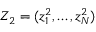
Z _ { 2 } = ( z _ { 1 } ^ { 2 } , \dots , z _ { N } ^ { 2 } )